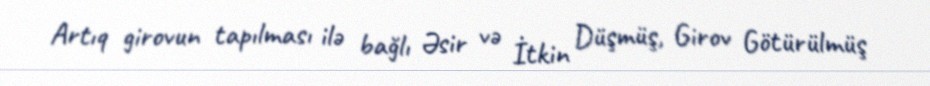
Artıq girovun tapılması ilə bağlı Əsir və İtkin Düşmüş, Girov Götürülmüş